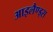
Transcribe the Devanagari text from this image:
आइलैण्ड्स